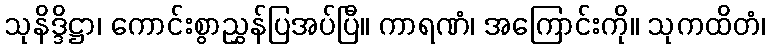
သုနိဒ္ဒိဋ္ဌာ၊ ကောင်းစွာညွှန်ပြအပ်ပြီ။ ကာရဏံ၊ အကြောင်းကို။ သုကထိတံ၊